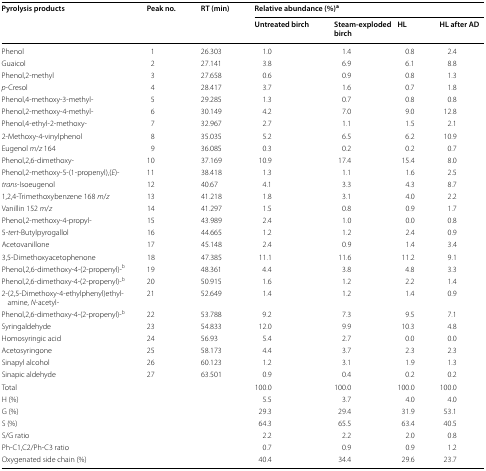
<table><thead><tr><td rowspan="2"><b>Pyrolysis products</b></td><td rowspan="2"><b>Peak no.</b></td><td rowspan="2"><b>RT (min)</b></td><td colspan="4"><b>Relative abundance (%)<sup>a</sup></b></td></tr><tr><td><b>Untreated birch</b></td><td><b>Steam-exploded birch</b></td><td><b>HL</b></td><td><b>HL after AD</b></td></tr></thead><tbody><tr><td>Phenol</td><td>1</td><td>26.303</td><td>1.0</td><td>1.4</td><td>0.8</td><td>2.4</td></tr><tr><td>Guaicol</td><td>2</td><td>27.141</td><td>3.8</td><td>6.9</td><td>6.1</td><td>8.8</td></tr><tr><td>Phenol,2-methyl</td><td>3</td><td>27.658</td><td>0.6</td><td>0.9</td><td>0.8</td><td>1.3</td></tr><tr><td><i>p</i>-Cresol</td><td>4</td><td>28.417</td><td>3.7</td><td>1.6</td><td>0.7</td><td>1.8</td></tr><tr><td>Phenol,4-methoxy-3-methyl-</td><td>5</td><td>29.285</td><td>1.3</td><td>0.7</td><td>0.8</td><td>0.8</td></tr><tr><td>Phenol,2-methoxy-4-methyl-</td><td>6</td><td>30.149</td><td>4.2</td><td>7.0</td><td>9.0</td><td>12.8</td></tr><tr><td>Phenol,4-ethyl-2-methoxy-</td><td>7</td><td>32.967</td><td>2.7</td><td>1.1</td><td>1.5</td><td>2.1</td></tr><tr><td>2-Methoxy-4-vinylphenol</td><td>8</td><td>35.035</td><td>5.2</td><td>6.5</td><td>6.2</td><td>10.9</td></tr><tr><td>Eugenol <i>m</i>/<i>z</i> 164</td><td>9</td><td>36.085</td><td>0.3</td><td>0.2</td><td>0.2</td><td>0.7</td></tr><tr><td>Phenol,2,6-dimethoxy-</td><td>10</td><td>37.169</td><td>10.9</td><td>17.4</td><td>15.4</td><td>8.0</td></tr><tr><td>Phenol,2-methoxy-5-(1-propenyl),(<i>E</i>)-</td><td>11</td><td>38.418</td><td>1.3</td><td>1.1</td><td>1.6</td><td>2.5</td></tr><tr><td><i>trans</i>-Isoeugenol</td><td>12</td><td>40.67</td><td>4.1</td><td>3.3</td><td>4.3</td><td>8.7</td></tr><tr><td>1,2,4-Trimethoxybenzene 168 <i>m</i>/<i>z</i></td><td>13</td><td>41.218</td><td>1.8</td><td>3.1</td><td>4.0</td><td>2.2</td></tr><tr><td>Vanillin 152 <i>m</i>/<i>z</i></td><td>14</td><td>41.297</td><td>1.5</td><td>0.8</td><td>0.9</td><td>1.7</td></tr><tr><td>Phenol,2-methoxy-4-propyl-</td><td>15</td><td>43.989</td><td>2.4</td><td>1.0</td><td>0.0</td><td>0.8</td></tr><tr><td>5-<i>tert</i>-Butylpyrogallol</td><td>16</td><td>44.665</td><td>1.2</td><td>1.2</td><td>2.4</td><td>0.9</td></tr><tr><td>Acetovanillone</td><td>17</td><td>45.148</td><td>2.4</td><td>0.9</td><td>1.4</td><td>3.4</td></tr><tr><td>3,5-Dimethoxyacetophenone</td><td>18</td><td>47.385</td><td>11.1</td><td>11.6</td><td>11.2</td><td>9.1</td></tr><tr><td>Phenol,2,6-dimethoxy-4-(2-propenyl)-<sup>b</sup></td><td>19</td><td>48.361</td><td>4.4</td><td>3.8</td><td>4.8</td><td>3.3</td></tr><tr><td>Phenol,2,6-dimethoxy-4-(2-propenyl)-<sup>b</sup></td><td>20</td><td>50.915</td><td>1.6</td><td>1.2</td><td>2.2</td><td>1.4</td></tr><tr><td>2-(2,5-Dimethoxy-4-ethylphenyl)ethylamine, <i>N</i>-acetyl-</td><td>21</td><td>52.649</td><td>1.4</td><td>1.2</td><td>1.4</td><td>0.9</td></tr><tr><td>Phenol,2,6-dimethoxy-4-(2-propenyl)-<sup>b</sup></td><td>22</td><td>53.788</td><td>9.2</td><td>7.3</td><td>9.5</td><td>7.1</td></tr><tr><td>Syringaldehyde</td><td>23</td><td>54.833</td><td>12.0</td><td>9.9</td><td>10.3</td><td>4.8</td></tr><tr><td>Homosyringic acid</td><td>24</td><td>56.93</td><td>5.4</td><td>2.7</td><td>0.0</td><td>0.0</td></tr><tr><td>Acetosyringone</td><td>25</td><td>58.173</td><td>4.4</td><td>3.7</td><td>2.3</td><td>2.3</td></tr><tr><td>Sinapyl alcohol</td><td>26</td><td>60.123</td><td>1.2</td><td>3.1</td><td>1.9</td><td>1.3</td></tr><tr><td>Sinapic aldehyde</td><td>27</td><td>63.501</td><td>0.9</td><td>0.4</td><td>0.2</td><td>0.2</td></tr><tr><td>Total</td><td></td><td></td><td>100.0</td><td>100.0</td><td>100.0</td><td>100.0</td></tr><tr><td>H (%)</td><td></td><td></td><td>5.5</td><td>3.7</td><td>4.0</td><td>4.0</td></tr><tr><td>G (%)</td><td></td><td></td><td>29.3</td><td>29.4</td><td>31.9</td><td>53.1</td></tr><tr><td>S (%)</td><td></td><td></td><td>64.3</td><td>65.5</td><td>63.4</td><td>40.5</td></tr><tr><td>S/G ratio</td><td></td><td></td><td>2.2</td><td>2.2</td><td>2.0</td><td>0.8</td></tr><tr><td>Ph-C1,C2/Ph-C3 ratio</td><td></td><td></td><td>0.7</td><td>0.9</td><td>0.9</td><td>1.2</td></tr><tr><td>Oxygenated side chain (%)</td><td></td><td></td><td>40.4</td><td>34.4</td><td>29.6</td><td>23.7</td></tr></tbody></table>